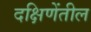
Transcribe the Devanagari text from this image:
दक्षिणेंतील